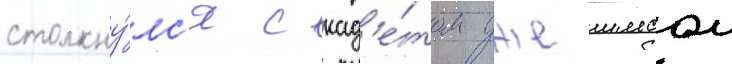
столкну́лс'я с кад'е́том джеимсом